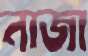
নাজা